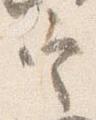
定